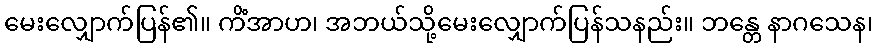
မေးလျှောက်ပြန်၏။ ကိံအာဟ၊ အဘယ်သို့မေးလျှောက်ပြန်သနည်း။ ဘန္တေ နာဂသေန၊